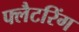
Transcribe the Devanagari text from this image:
फ्लैटरिंग